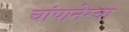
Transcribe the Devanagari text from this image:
चांपानेरचा